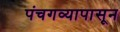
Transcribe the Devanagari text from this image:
पंचगव्यापासून